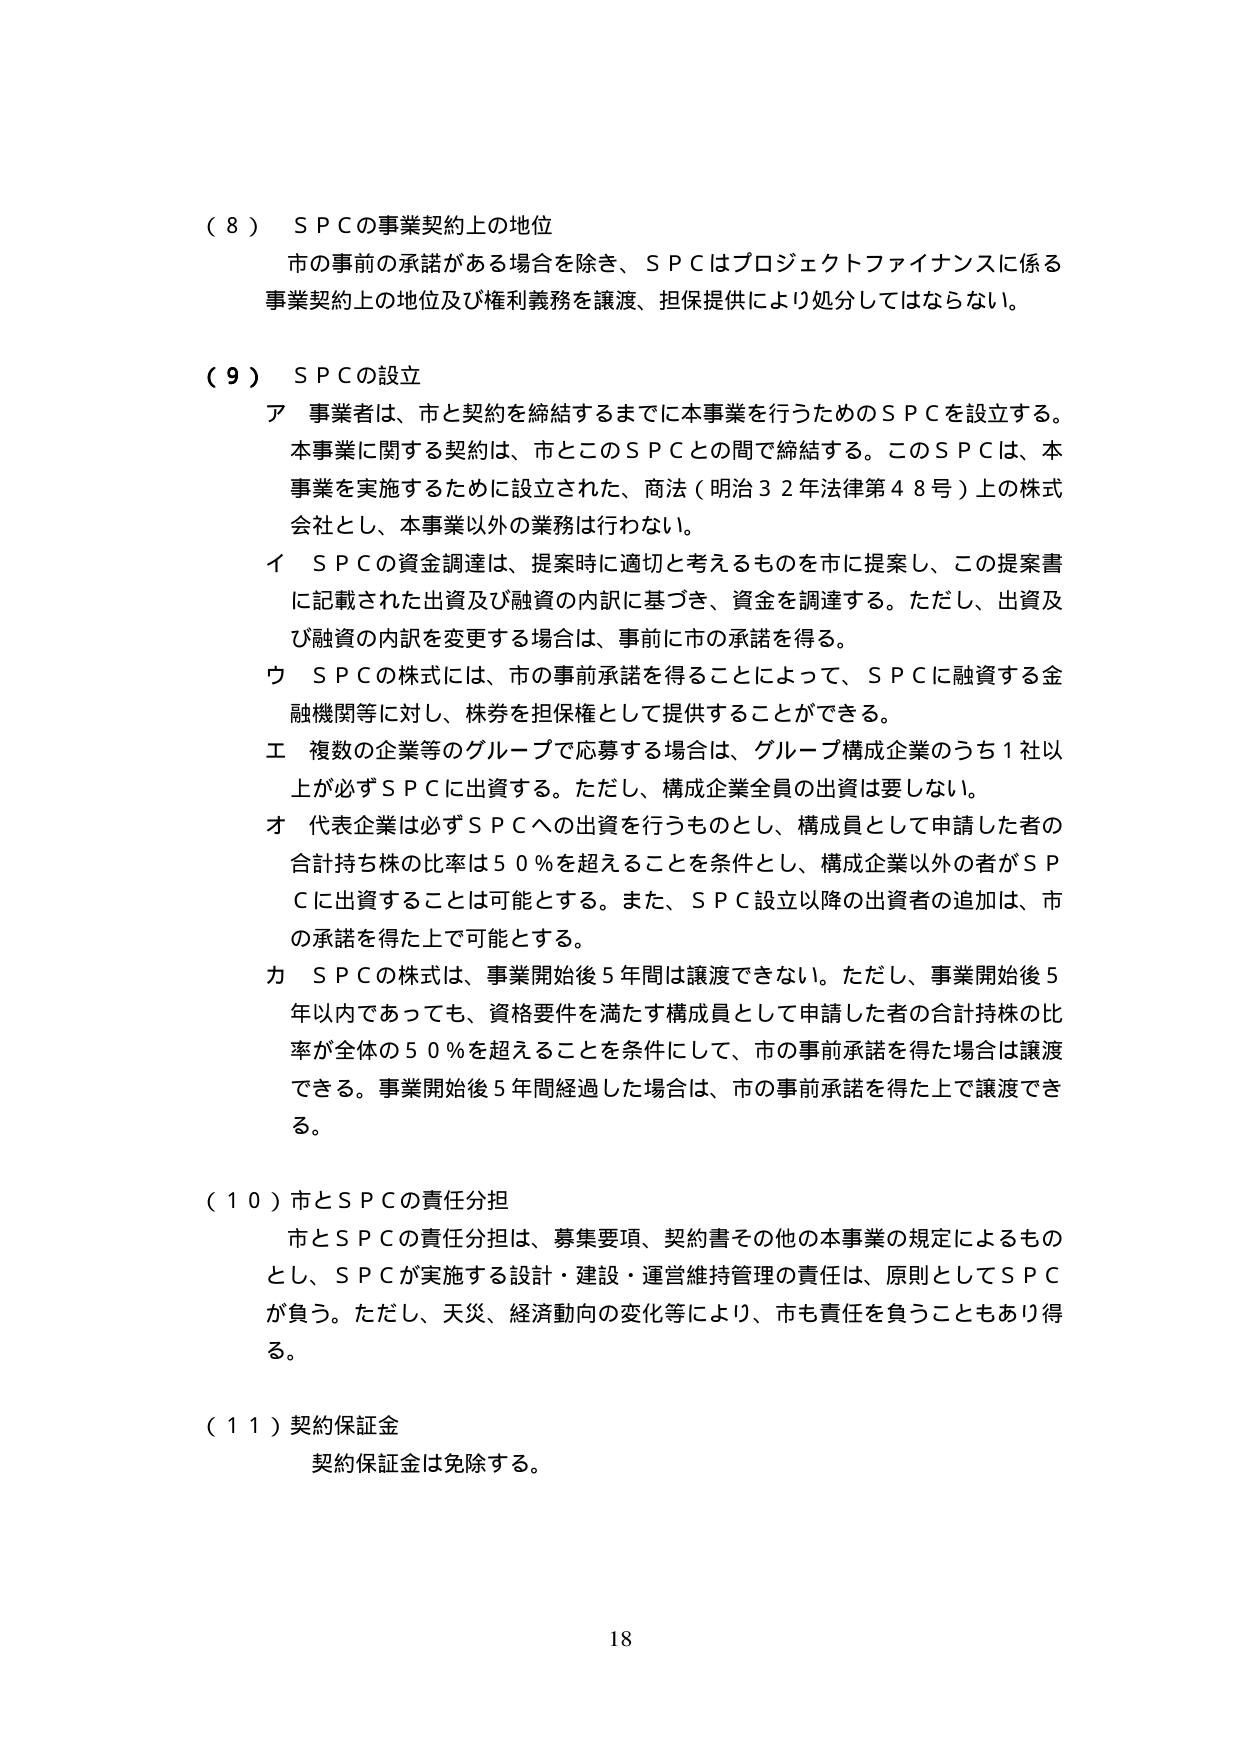
（８）ＳＰＣの事業契約上の地位
市的事前の承諾がある場合を除き、ＳＰＣはプロジェクトファイナンスに係る
事業契約上の地位及び権利義務を譲渡、担保提供により処分してはならない。

（９）ＳＰＣの設立
ア 事業者は、市と契約を締結するまでに本事業を行うためのＳＰＣを設立する。
本事業に関する契約は、市とこのＳＰＣとの間で締結する。このＳＰＣは、本事業を実施するために設立された、商法（明治３２年法律第４８号）上の株式会社とし、本事業以外の業務は行わない。
イ ＳＰＣの資金調達は、提案時に適切と考えるものを市に提案し、この提案書に記載された出資及び融資の内訳に基づき、資金を調達する。ただし、出資及び融資の内訳を変更する場合は、事前に市の承諾を得る。
ウ ＳＰＣの株式には、市的事前承諾を得ることによって、ＳＰＣに融資する金融機関等に対し、株券を担保権として提供することができる。
エ 複数の企業等のグループで応募する場合は、グループ構成企業のうち１社以上が必ずＳＰＣに出資する。ただし、構成企業全員の出資は要しない。
オ 代表企業は必ずＳＰＣへの出資を行うものとし、構成員として申請した者の合計持ち株の比率は５０％を超えることを条件とし、構成企業以外の者がＳＰＣに出資することは可能とする。また、ＳＰＣ設立以降の出資者の追加は、市の承諾を得た上で可能とする。
カ ＳＰＣの株式は、事業開始後５年間は譲渡できない。ただし、事業開始後５年以内であっても、資格要件を満たす構成員として申請した者の合計持株の比率が全体の５０％を超えることを条件にして、市的事前承諾を得た場合は譲渡できる。事業開始後５年間経過した場合は、市的事前承諾を得た上で譲渡できる。

（１０）市とＳＰＣの責任分担
市とＳＰＣの責任分担は、募集要項、契約書その他の本事業の規定によるものとし、ＳＰＣが実施する設計・建設・運営維持管理の責任は、原則としてＳＰＣが負う。ただし、天災、経済動向の変化等により、市も責任を負うこともあり得る。

（１１）契約保証金
契約保証金は免除する。

18